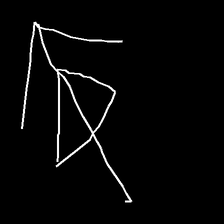
Glyph: pull